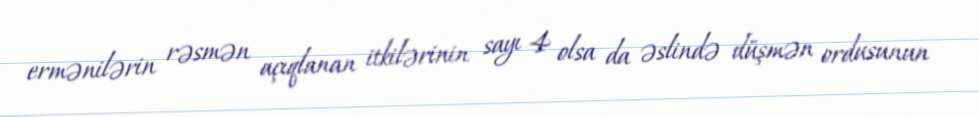
ermənilərin rəsmən açıqlanan itkilərinin sayı 4 olsa da əslində düşmən ordusunun